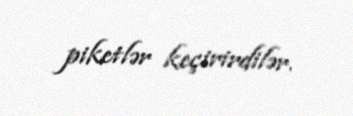
piketlər keçirirdilər.